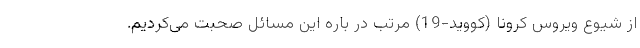
از شیوع ویروس کرونا (کووید-19) مرتب در باره این مسائل صحبت می‌کردیم.